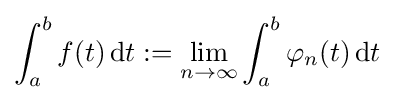
\int _{a}^{b}f(t)\,\mathrm {d} t:=\lim _{n\to \infty }\int _{a}^{b}\varphi _{n}(t)\,\mathrm {d} t